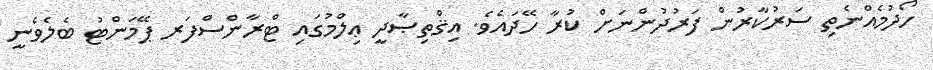
ހޯދުމެއްނެތި ސަރުކާރުން ފަރުދުންނަށް ކުރާ ހޭދައެވެ. އިޤްތިޞާދީ ޢިލްމުގައި ޓްރާންސްފަރ ޕޭމަންޓު ބެލެވެނީ